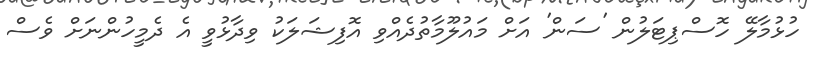
ހުޅުމާލޭ ހޮސްޕިޓަލުން 'ސަން' އަށް މައުލޫމާތުދެއްވި އޮފިޝަލަކު ވިދާޅުވީ އެ ދެމީހުންނަށް ވެސް